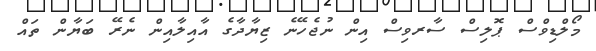
މޯލްޑިވްސް ޕޮލިސް ސާރވިސް އިން ނުޖެހޭނެ ޒިޔާދާގެ އާއިލާއިން ނެރޭ ބަޔާން ތައް